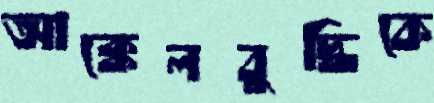
আক্কেলবুদ্ধিকে